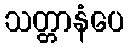
သတ္တာနံပေ